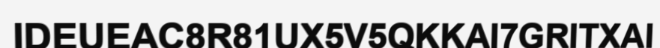
IDEUEAC8R81UX5V5QKKAI7GRITXAI